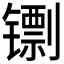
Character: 𬭺